Civil Veterinary Department Bengal reports 1933-51 - 1933-1951
Year: 1933
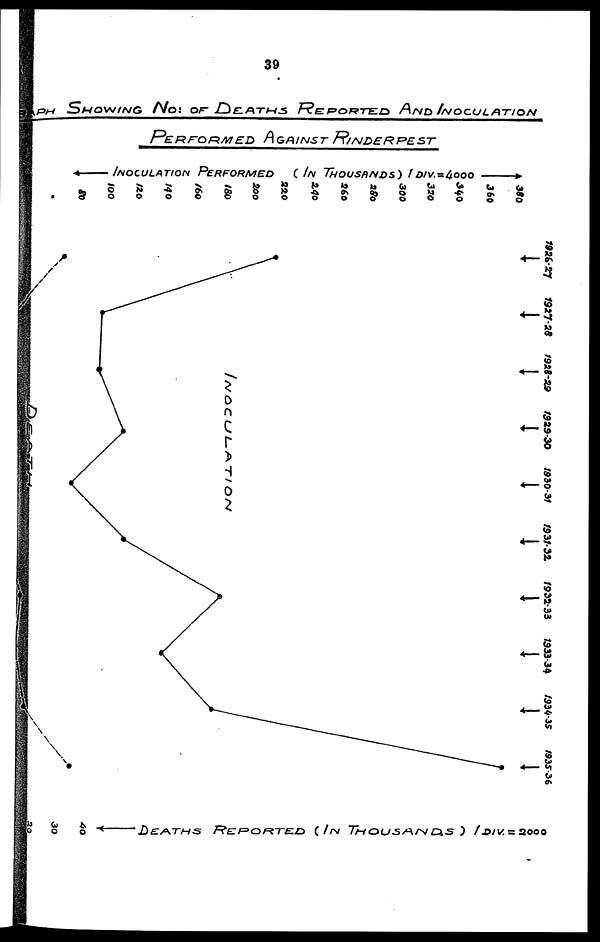
39
GRAPH SHOWING NO: OF DEATHS REPORTED AND INOCULATION
PERFORMED AGAINST RINDERPEST